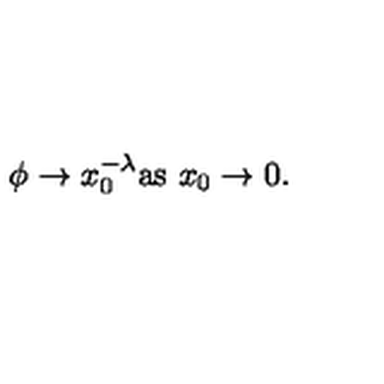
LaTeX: \phi \to x _ { 0 } ^ { - \lambda } { \textstyle \mathrm { a s \ } } x _ { 0 } \to 0 .